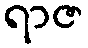
ရာဇ